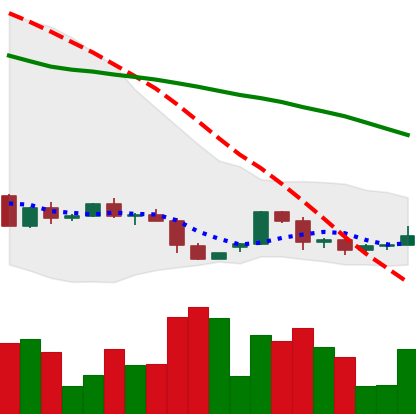
Ticker: ETH-USD
Chart end date: 2022-06-06
Forward return: -17.729%
Label: down_7plus